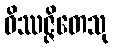
ဝိဿဇ္ဇိတေသု